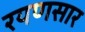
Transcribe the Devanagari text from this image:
रयणसार